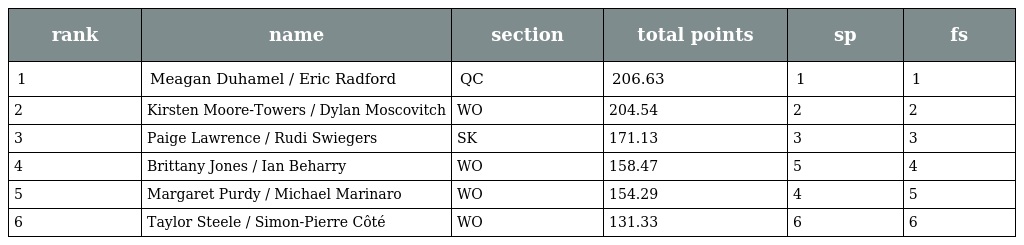
| rank | name | section | total points | sp | fs |
 | --- | --- | --- | --- | --- | --- |
 | 1 | Meagan Duhamel / Eric Radford | QC | 206.63 | 1 | 1 |
 | 2 | Kirsten Moore-Towers / Dylan Moscovitch | WO | 204.54 | 2 | 2 |
 | 3 | Paige Lawrence / Rudi Swiegers | SK | 171.13 | 3 | 3 |
 | 4 | Brittany Jones / Ian Beharry | WO | 158.47 | 5 | 4 |
 | 5 | Margaret Purdy / Michael Marinaro | WO | 154.29 | 4 | 5 |
 | 6 | Taylor Steele / Simon-Pierre Côté | WO | 131.33 | 6 | 6 |